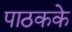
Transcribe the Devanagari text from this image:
पाठकके